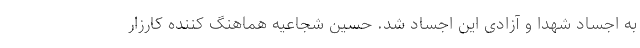
به اجساد شهدا و آزادی این اجساد شد. حسین شجاعیه هماهنگ کننده کارزار